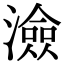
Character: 澰